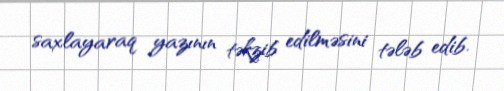
saxlayaraq yazının təkzib edilməsini tələb edib.